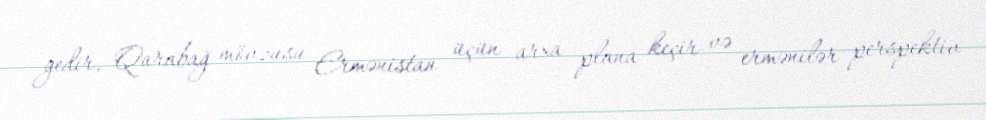
gedir, Qarabağ mövzusu Ermənistan üçün arxa plana keçir və ermənilər perspektiv